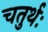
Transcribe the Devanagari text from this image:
चतुर्थः